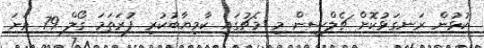
ކުޅުން ރަނގަޅުކޮށް ޗެލްސީން މި މެޗުގައި ކާމިޔާބުކުރި ފުރަތަމަ ގޯލް 79 ވަނަ